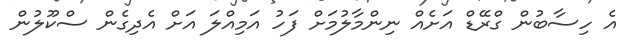
އެ ހިސާބުން ގްރޭޑް އަށެއް ނިންމާލުމަށް ފަހު އަމިއްލަ އަށް އެދިގެން ސްކޫލުން